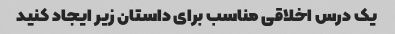
یک درس اخلاقی مناسب برای داستان زیر ایجاد کنید